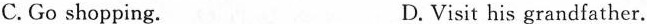
C. Go shopping. D. Visit his grandfather.